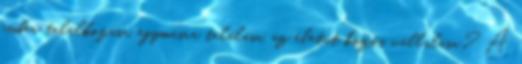
ember találkozása, egymásra találása, az életút közös vállalása? A